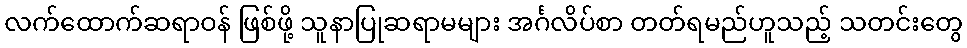
လက်ထောက်ဆရာဝန် ဖြစ်ဖို့ သူနာပြုဆရာမများ အင်္ဂလိပ်စာ တတ်ရမည်ဟူသည့် သတင်းတွေ